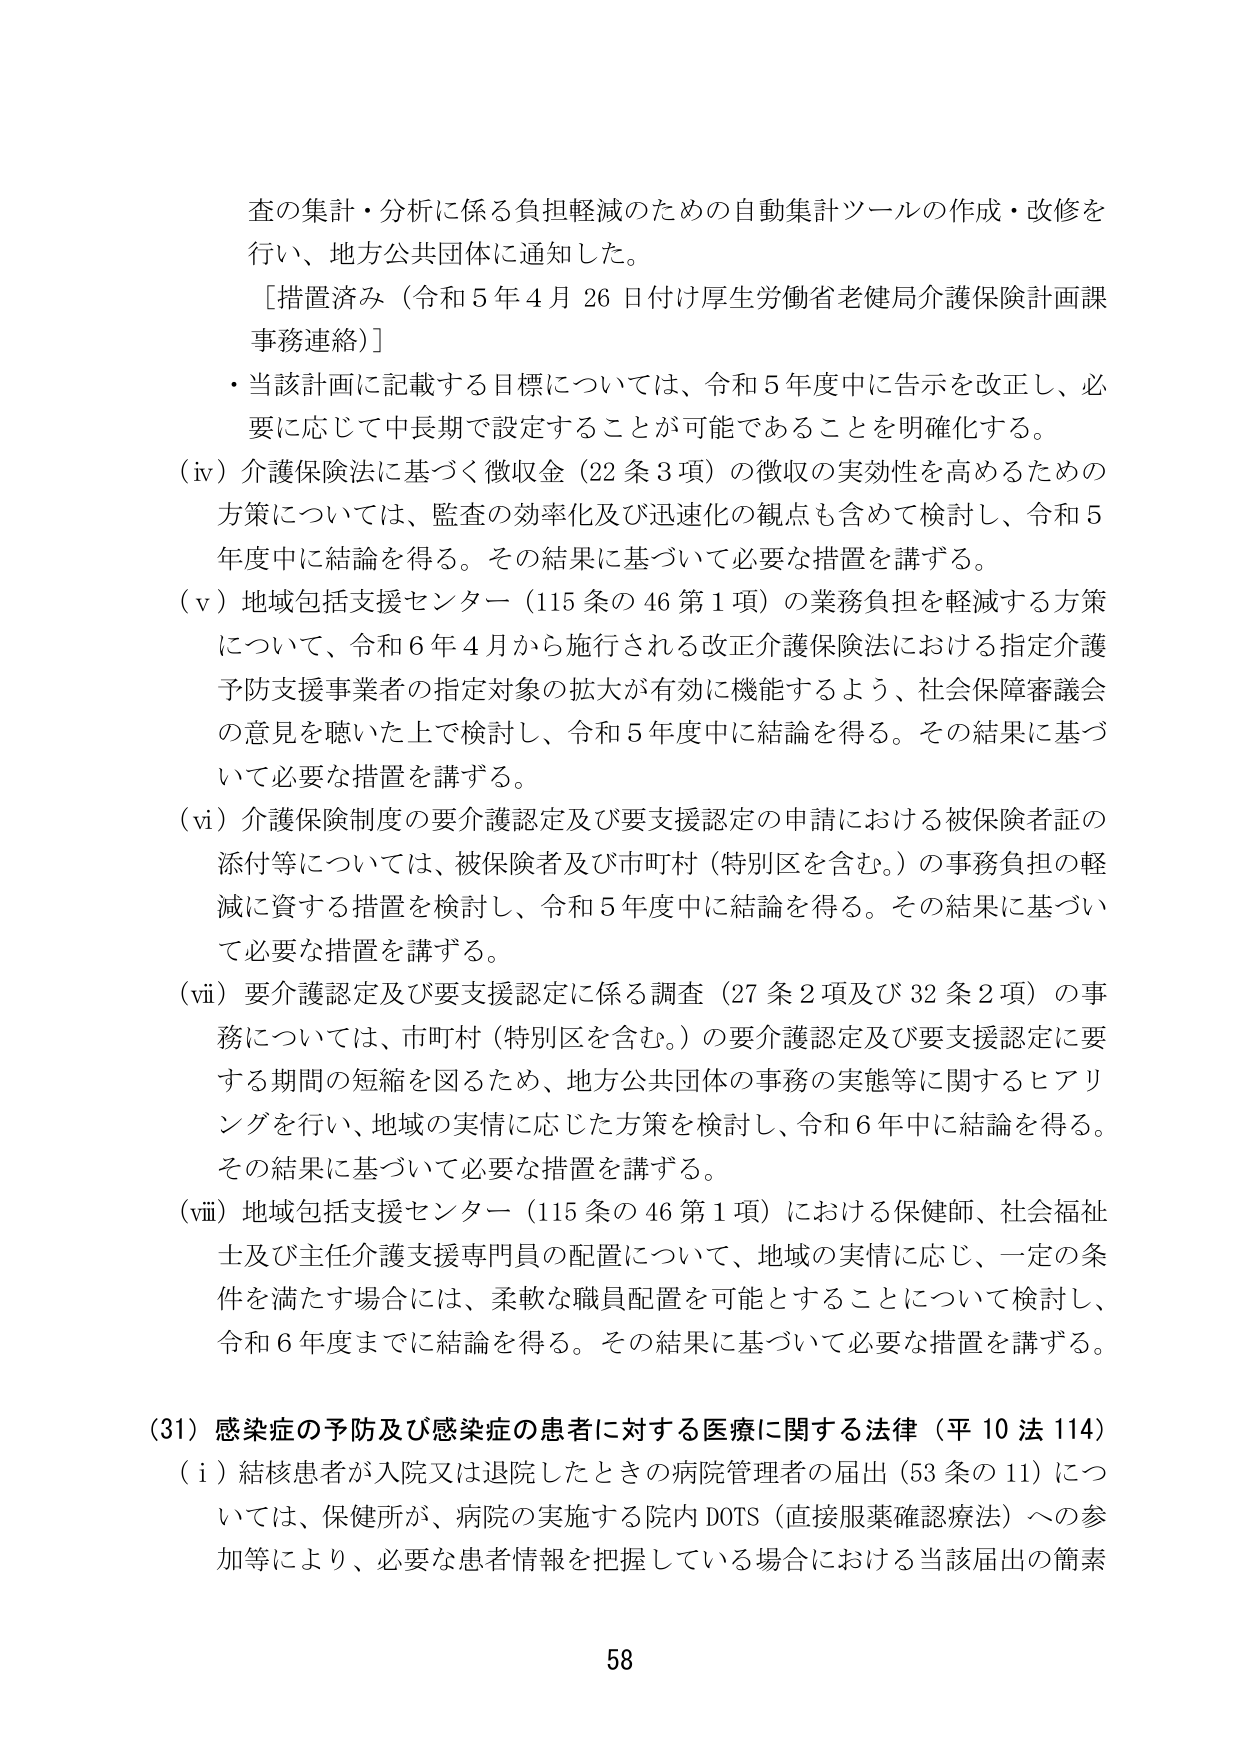
査の集計・分析に係る負担軽減のための自動集計ツールの作成・改修を行い、地方公共団体に通知した。
［措置済み（令和５年４月２６日付け厚生労働省老健局介護保険計画課事務連絡）］
・当該計画に記載する目標については、令和５年度中に告示を改正し、必要に応じて中長期で設定することが可能であることを明確化する。
（iv）介護保険法に基づく徴収金（22条3項）の徴収の実効性を高めるための方策については、監査の効率化及び迅速化の観点も含めて検討し、令和５年度中に結論を得る。その結果に基づいて必要な措置を講ずる。
（v）地域包括支援センター（115条の46第1項）の業務負担を軽減する方策について、令和６年４月から施行される改正介護保険法における指定介護予防支援事業者の指定対象の拡大が有効に機能するよう、社会保障審議会の意見を聴いた上で検討し、令和５年度中に結論を得る。その結果に基づいて必要な措置を講ずる。
（vi）介護保険制度の要介護認定及び要支援認定の申請における被保険者証の添付等については、被保険者及び市町村（特別区を含む。）の事務負担の軽減に資する措置を検討し、令和５年度中に結論を得る。その結果に基づいて必要な措置を講ずる。
（vii）要介護認定及び要支援認定に係る調査（27条2項及び32条2項）の事務については、市町村（特別区を含む。）の要介護認定及び要支援認定に要する期間の短縮を図るため、地方公共団体の事務の実態等に関するヒアリングを行い、地域の実情に応じた方策を検討し、令和６年中に結論を得る。その結果に基づいて必要な措置を講ずる。
（viii）地域包括支援センター（115条の46第1項）における保健師、社会福祉士及び主任介護支援専門員の配置について、地域の実情に応じ、一定の条件を満たす場合には、柔軟な職員配置を可能とすることについて検討し、令和６年度までに結論を得る。その結果に基づいて必要な措置を講ずる。
（31）感染症の予防及び感染症の患者に対する医療に関する法律（平10法114）
（i）結核患者が入院又は退院したときの病院管理者の届出（53条の11）については、保健所が、病院の実施する院内DOTS（直接服薬確認療法）への参加等により、必要な患者情報を把握している場合における当該届出の簡素
58